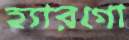
হ্যারগো